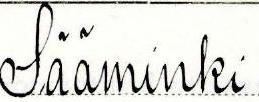
Sääminki